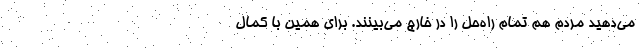
مي‌دهيد مردم هم تمام راه‌حل را در خارج مي‌بينند. براي همين با كمال